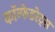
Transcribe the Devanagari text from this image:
कॉन्फेडरेट्स